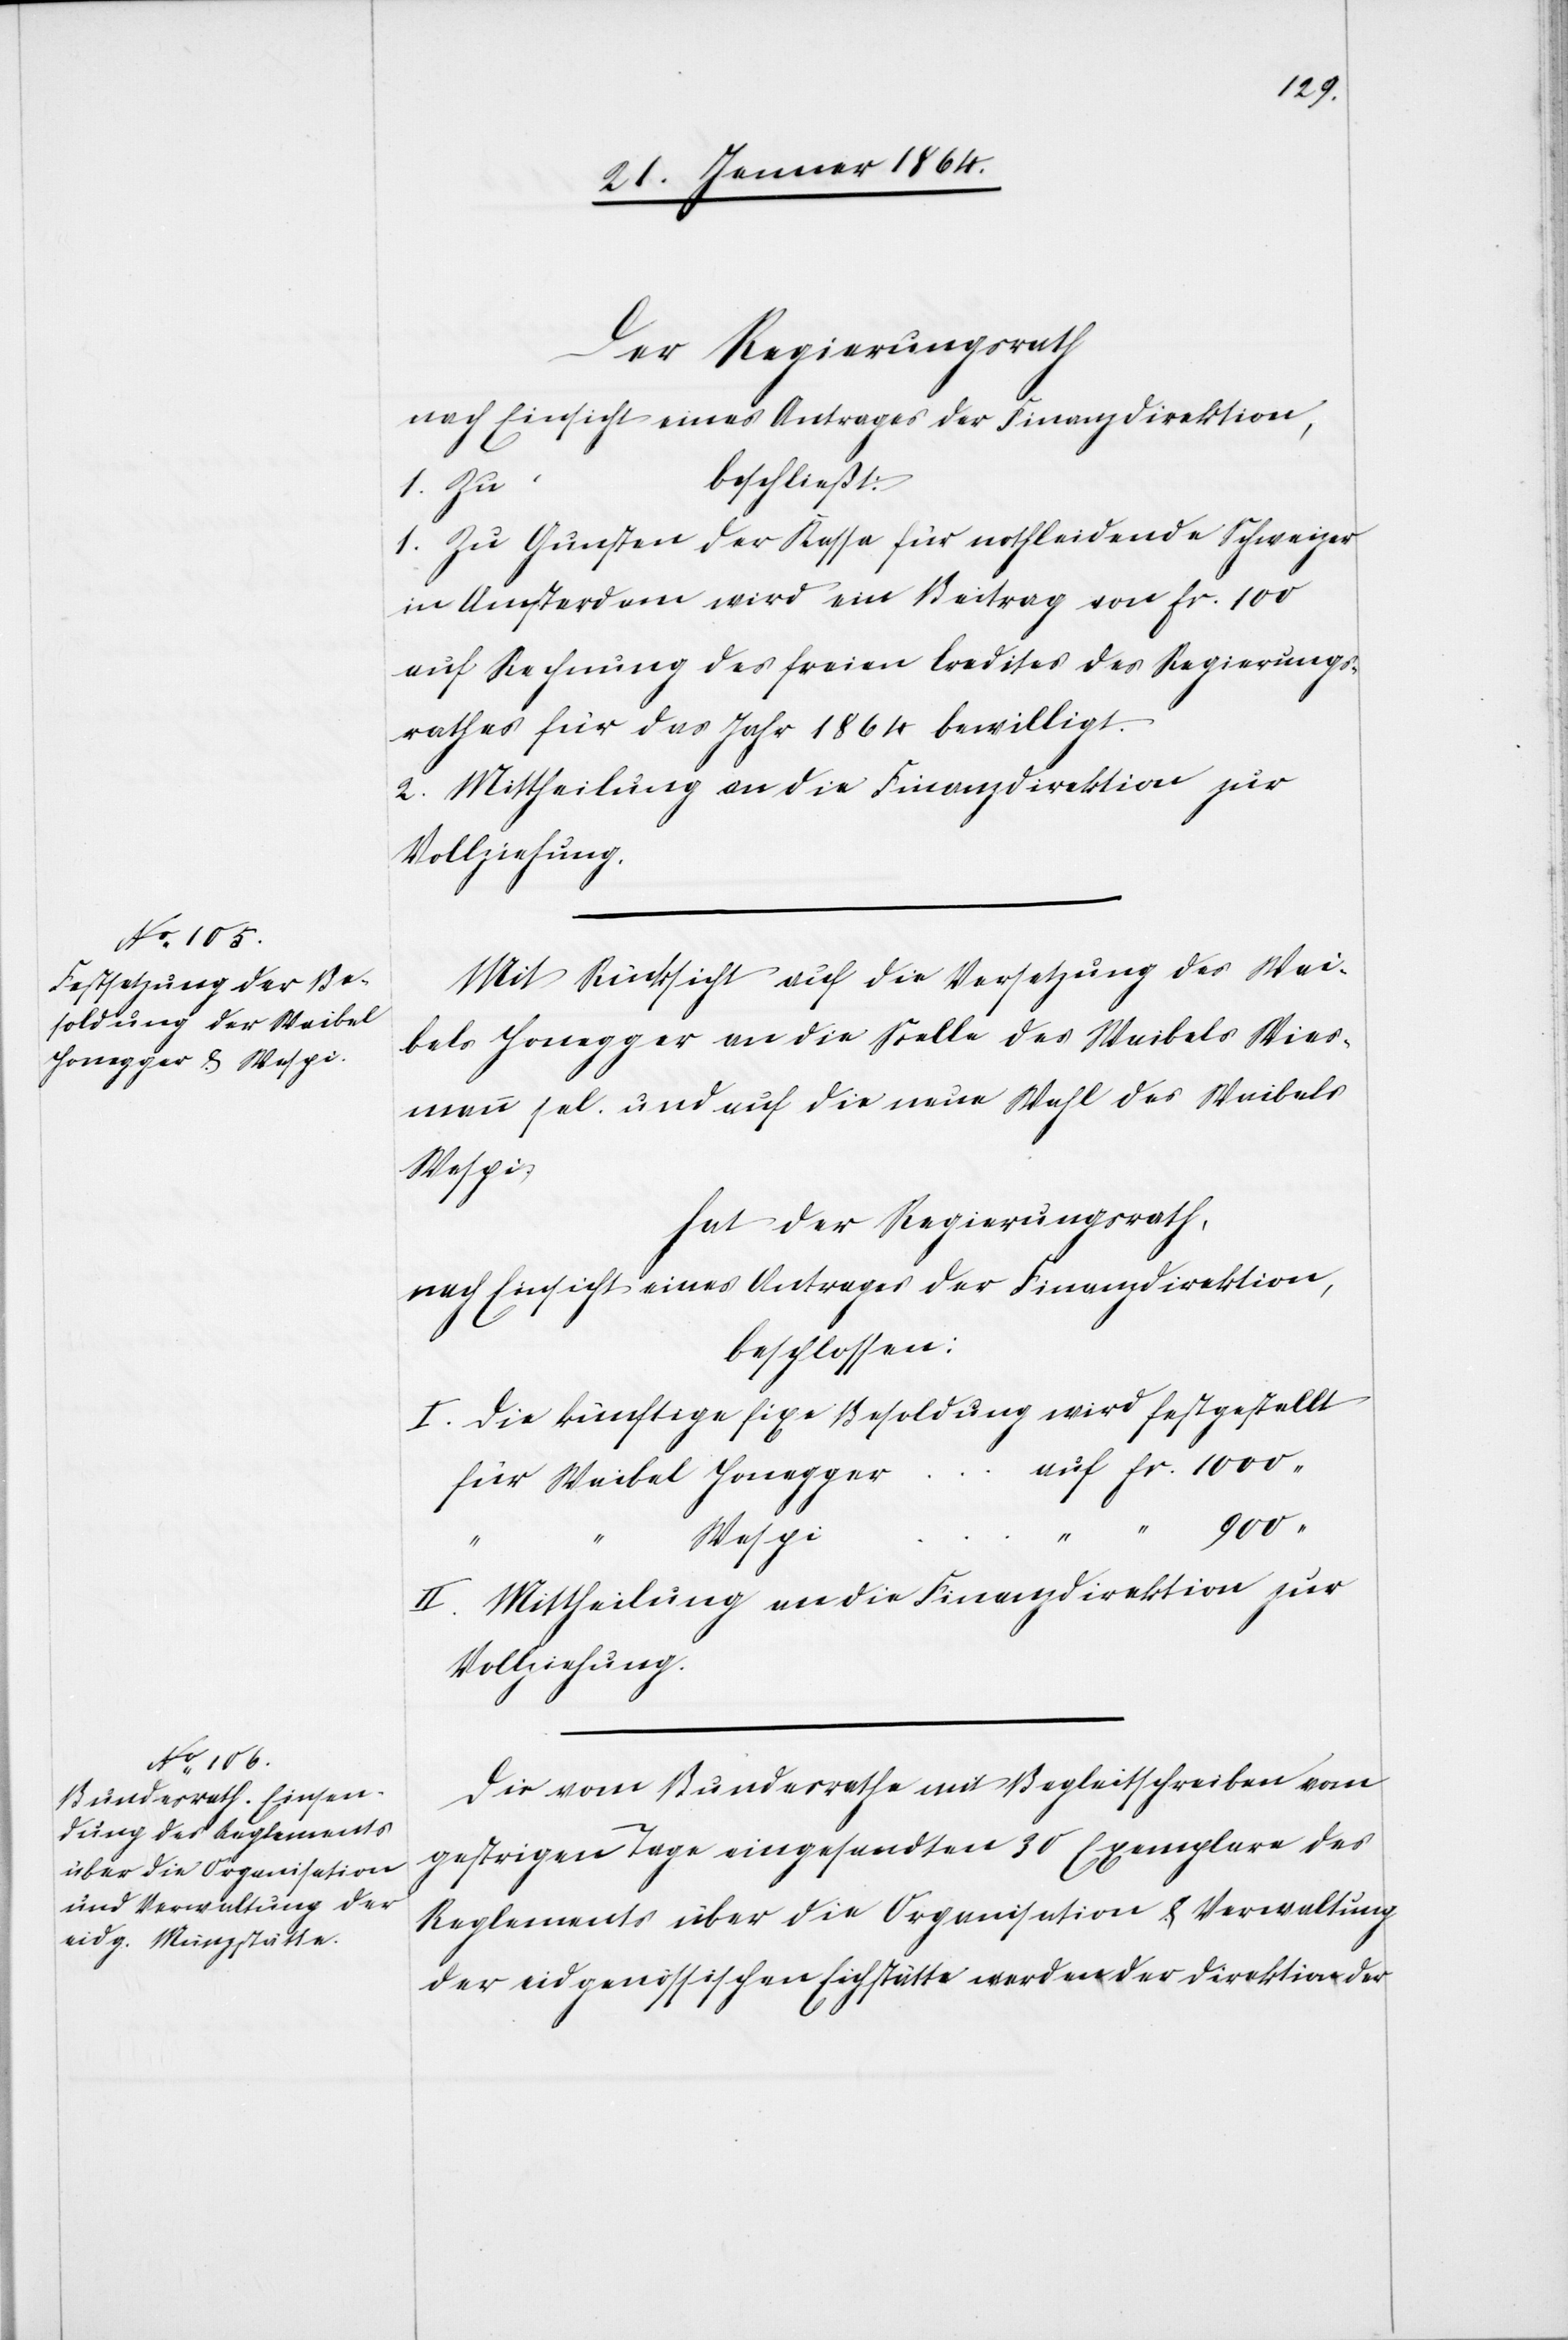
1000

Der Regierungsrath
nach Einsicht eines Antrages der Finanzdirektion,
beschließt:
1. Zu Gunsten der Kassa für notleidende Schweizer
in Amsterdam wird ein Beitrag von fr. 100
auf Rechnung des freien Credites des Regierungs¬
rathes für das Jahr 1864 bewilligt.
2. Mittheilung an die Finanzdirektion zur
Vollziehung.
Mit Rücksicht auf die Versetzung des Wei¬
bels Honegger an die Stelle des Weibels Wies¬
mann sel. und auf die neue Wahl des Weibels
Wespi
hat der Regierungsrath,
nach Einsicht eines Antrages der Finanzdirektion,
beschlossen:
I. Die künftige fixe Besoldung wird festgestell¬
t	für Weibel Honegge¬
900
r	auf fr.
II. Mittheilung an die Finanzdirektion zur
Vollziehung.
Die vom Bundesrathe mit Begleitschreiben vom
gestrigen Tage eingesandten 30 Exemplare des
Reglements über die Organisation & Verwaltung
der eidgenössischen Eichstätte werden der Direktion der